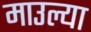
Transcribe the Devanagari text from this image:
माउल्या